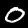
Label: 0